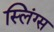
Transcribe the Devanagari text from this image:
स्लिंग्स